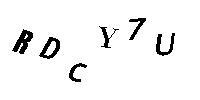
RDCY7U